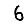
Digit: 6